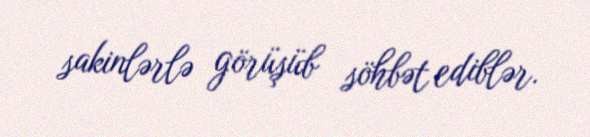
sakinlərlə görüşüb söhbət ediblər.